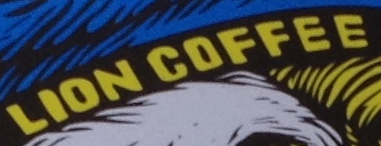
LION COFFEE